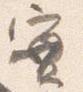
実